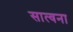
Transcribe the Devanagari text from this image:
सात्वना